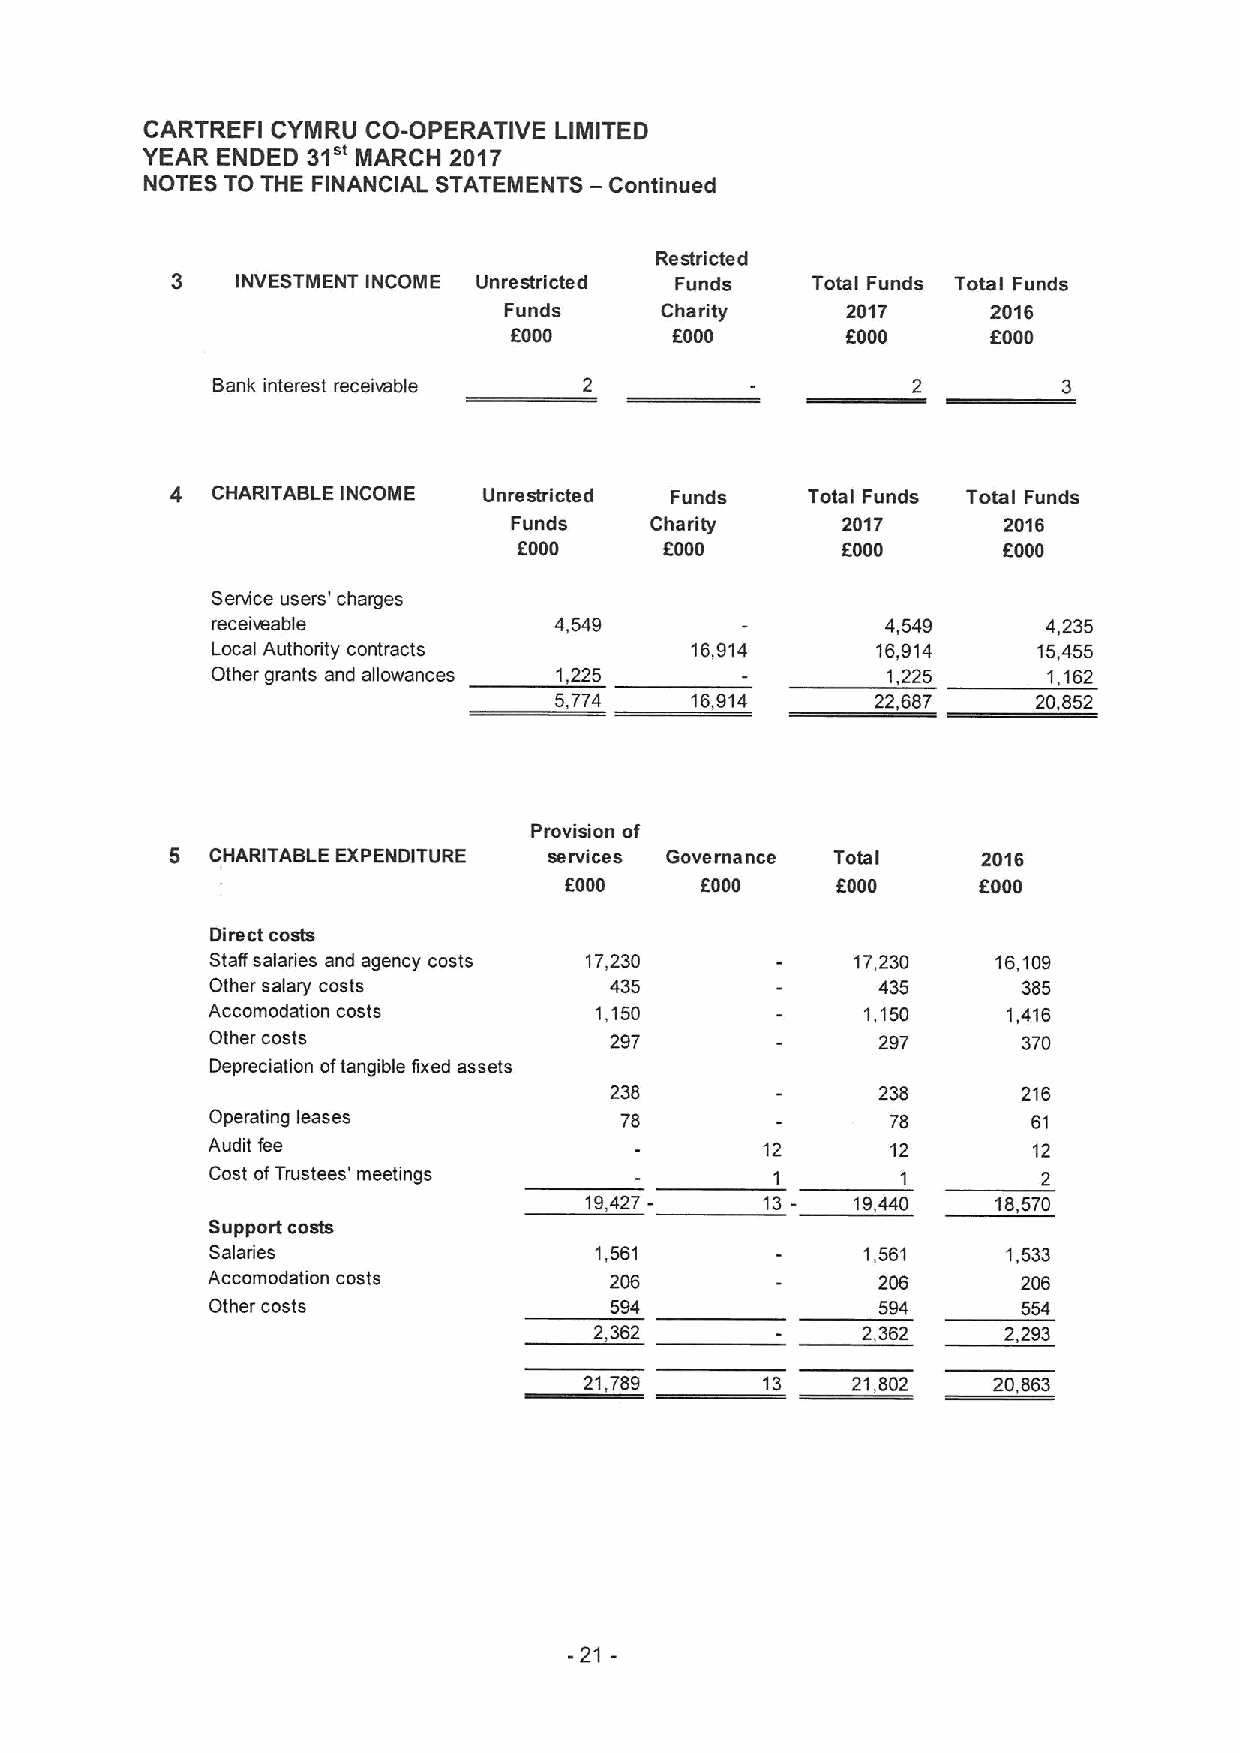
CARTREFI CYMRU CO-OPERATIVE LIMITED
 YEAR ENDED 31m MARCH 2017
 NOTES TO THE FINANCIAL STATEMENTS — Continued
 Restricted
 3    INVESTMENT INCOME Unrestricted Funds  Total Funds Total Funds
 Funds      Charity     2017      2016
 6000      6000        6000      EOOO
 Bank interest receivable
 4  CHARITABLE INCOME Unrestricted Funds   Total Funds Total Funds
 Funds    Charity      2017      2016
 f000      6000        f000
 EOOO
 Sentice users' charges
 receivable             4,549                 4,549     4,235
 Local Authority contracts       16,914      16,914     15,455
 Other grants and allowances 1 225            1,225     1,162
 5,774    16,914      22,687     20,852
 Provision of
 5  CHARITABLE EXPENDITURE services Governance Total   2016
 6000     6000     6000      EOOO
 Direct cosh
 Staff salaries and agency costs 17,230     17,230   16,109
 Other salary costs        435               435       385
 Accomodation costs       1,150             1,150     1,416
 Other costs               297               297       370
 Depreciation oftangible fixed assets
 238               238       216
 Operating leases           78                78       61
 Audit fee                           12       12       12
 Cost ofTrustees' meetings            1        1        2
 19,427-    13-    19440    18570
 Support costs
 Salaries                 1,561             1,561     1,533
 Accomodation costs        206               206       206
 Other costs               594               594       554
 2,362             2,362    2,293
 21,789     13    21,802    20,863
 -21-